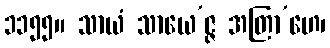
၁၁၅၅။ သာယံ သာယေ’ဇ္ဇ အတြာ’ဟေ၊